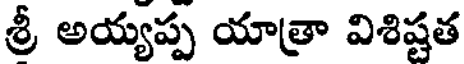
శ్రీ అయ్యప్ప యాత్రా విశిష్టత